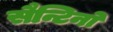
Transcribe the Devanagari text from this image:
सैन्टिनो